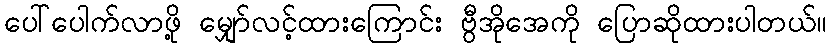
ပေါ်ပေါက်လာဖို့ မျှော်လင့်ထားကြောင်း ဗွီအိုအေကို ပြောဆိုထားပါတယ်။